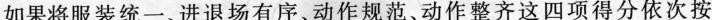
如果将服装统一、进退场有序、动作规范、动作整齐这四项得分依次按